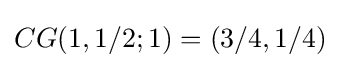
CG(1,1/2;1)=(3/4,1/4)